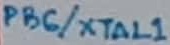
Text: PB6/XTAL1